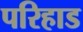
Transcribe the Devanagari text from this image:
परिहाड